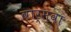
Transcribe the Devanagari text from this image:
वार्सवा